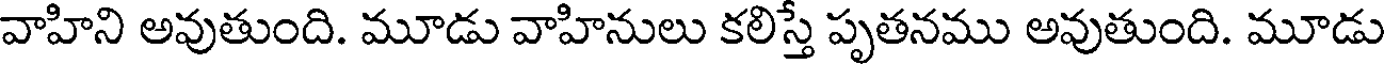
వాహిని అవుతుంది. మూడు వాహినులు కలిస్తే పృతనము అవుతుంది. మూడు